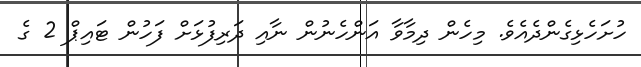
ހުށަހެޅިގެންދެއެވެ. މިހެން ދިމާވާ އަންހެނުން ނާއި ދަރިފުޅަށް ފަހުން ޓައިޕް 2 ގެ